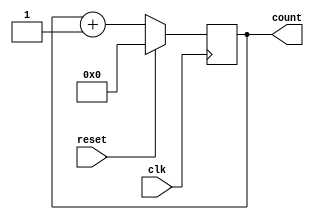
module synchronous_reset_counter (
    input wire clk,        // Clock signal
    input wire reset,      // Synchronous reset signal
    output reg [7:0] count // 8-bit output count
);

// Always block triggered on the rising edge of the clock
always @(posedge clk) begin
    if (reset) begin
        // If reset is asserted, set count to 0
        count <= 8'b0;
    end else begin
        // Otherwise, increment the count
        count <= count + 1;
    end
end

endmodule